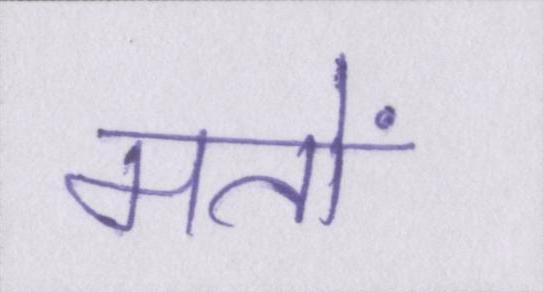
मतों